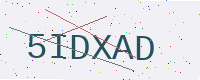
Text: 5IDXAD